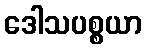
ဒေါသပစ္စယာ